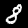
Digit: 8